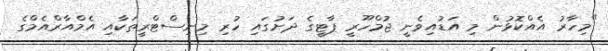
"މިހާރު އެއްކޮޅުން މި އަޑުއިވެނީ ޖުމްހޫރީ ޕާޓީގެ ދަށުގައި ހުރި މިިނިސްޓްރީތަކާއި އެމްއާރްއެމްގެ